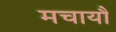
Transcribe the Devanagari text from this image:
मचायौ